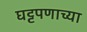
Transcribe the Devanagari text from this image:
घट्टपणाच्या